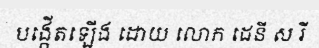
បង្កើតឡើង ដោយ លោក ដេនី ស រី